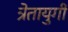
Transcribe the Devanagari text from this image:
त्रेतायुगी